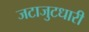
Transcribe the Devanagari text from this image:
जटाजुटधारी